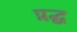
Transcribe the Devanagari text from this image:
प्रद्ध